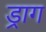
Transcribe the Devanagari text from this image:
ड्राग